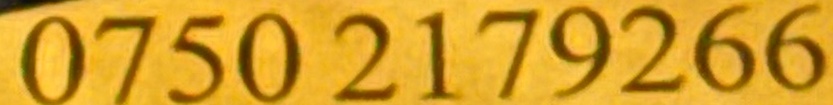
0750 2179266